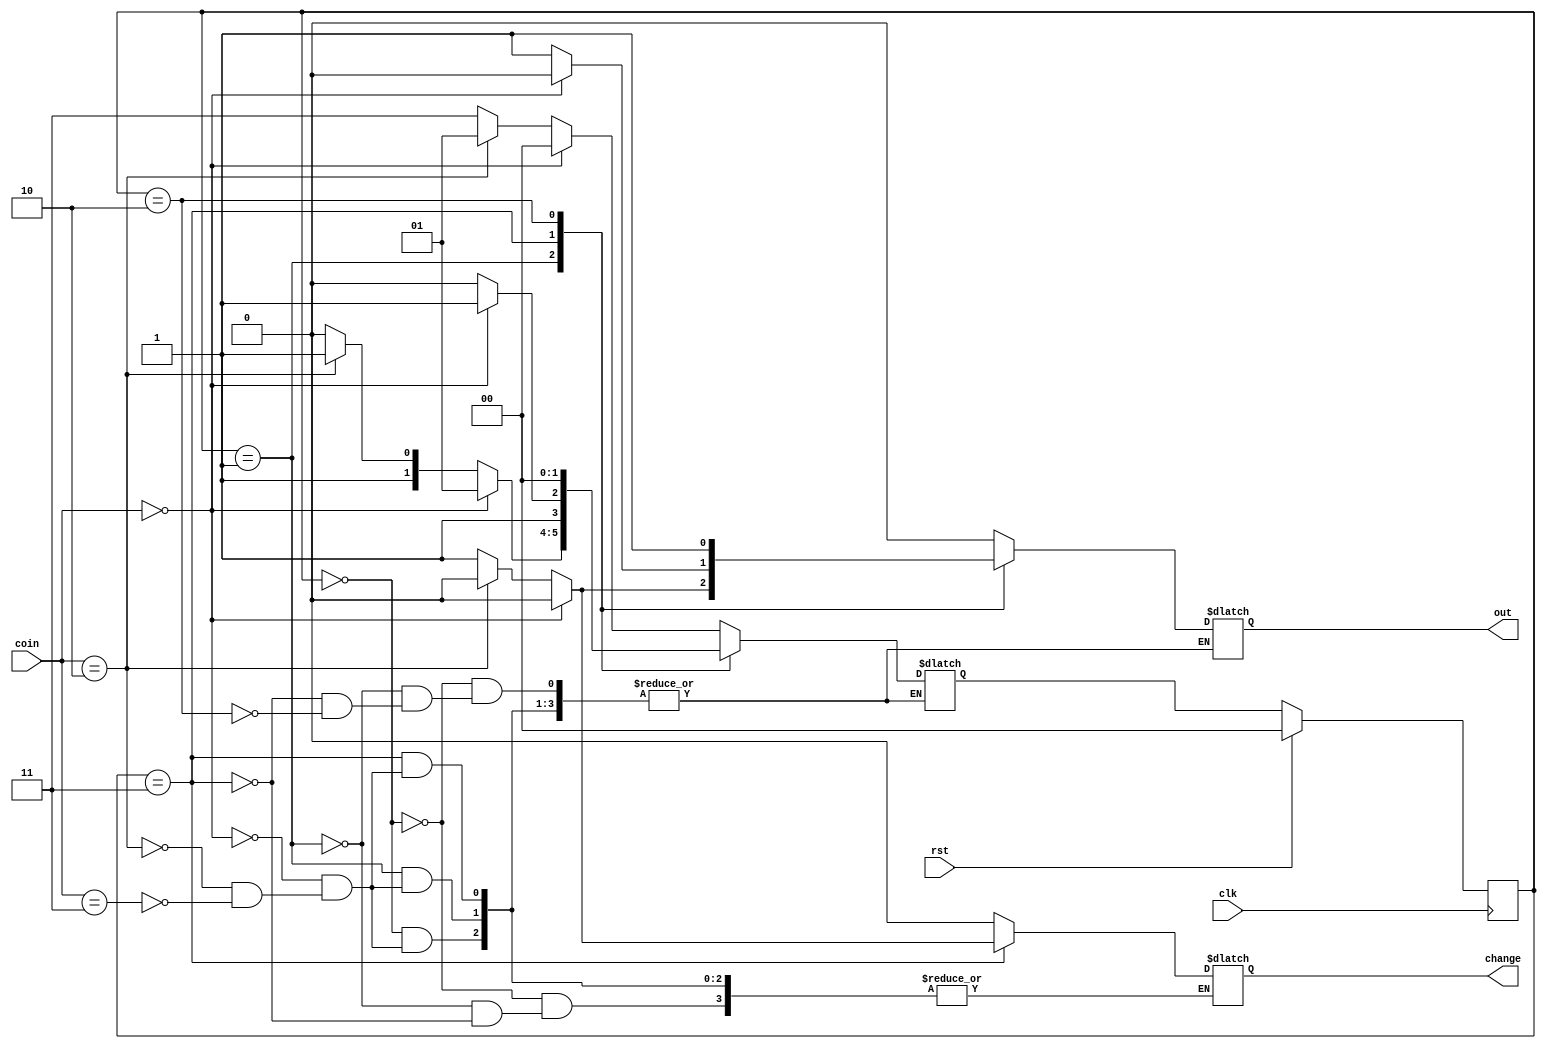
`timescale 1ns / 1ps

module vending_machine(clk , rst , coin , out , change );
input wire clk , rst ;
input wire[1:0]coin;
output reg out , change;

parameter [1:0] S0 = 2'b00 ;
parameter [1:0] S5 = 2'b01 ;
parameter [1:0] S10 = 2'b11 ;
parameter [1:0] S15 = 2'b10 ;

reg[1:0] current_state;
reg[1:0] next_state;

always@(posedge clk )
    begin
        if(rst ==1)
            current_state <= S0;
        else
            current_state <= next_state;
    end
    
always@(coin ,current_state)
begin
case(current_state)
    S0 : begin
            if(coin == 2'b00)
            begin
                next_state <= S0 ;
                out<= 1'b0 ;
                change <= 1'b0 ;
                end
             else if (coin== 2'b10)
             begin
             next_state <= S5;
             out <= 1'b0;
             change <= 1'b0 ;
             end
              else if (coin== 2'b11)
              begin
                         next_state <= S10;
                         out <= 1'b0;
                         change <= 1'b0 ;
                         end 
                         end
  S5 : begin
                                    if(coin == 2'b00)
                                    begin
                                        next_state <= S5 ;
                                        out<= 1'b0 ;
                                        change <= 1'b0 ;
                                        end
                                     else if (coin== 2'b10)
                                     begin
                                     next_state <= S10;
                                     out <= 1'b0;
                                     change <= 1'b0 ;
                                     end
                                      else if (coin== 2'b11)
                                                 begin
                                                 next_state <= S15;
                                                 out <= 1'b1;
                                                 change <= 1'b0 ;
                                                 end 
                                                 end
 S10 : begin
 if(coin == 2'b00)
 begin
 next_state <= S10 ;
 out<= 1'b0 ;
 change <= 1'b0 ;
 end
 else if (coin== 2'b10)
 begin
 next_state <= S15 ;
 out <= 1'b1;
 change <= 1'b0 ;
 end
 else if (coin== 2'b11)
 begin
 next_state <= S15;
 out <= 1'b1;
 change <= 1'b1 ;
end 
end                                                           
                                                                         
S15 : begin
out <= 1'b1;
next_state <= S0 ;
end
endcase
end 
             
             
endmodule